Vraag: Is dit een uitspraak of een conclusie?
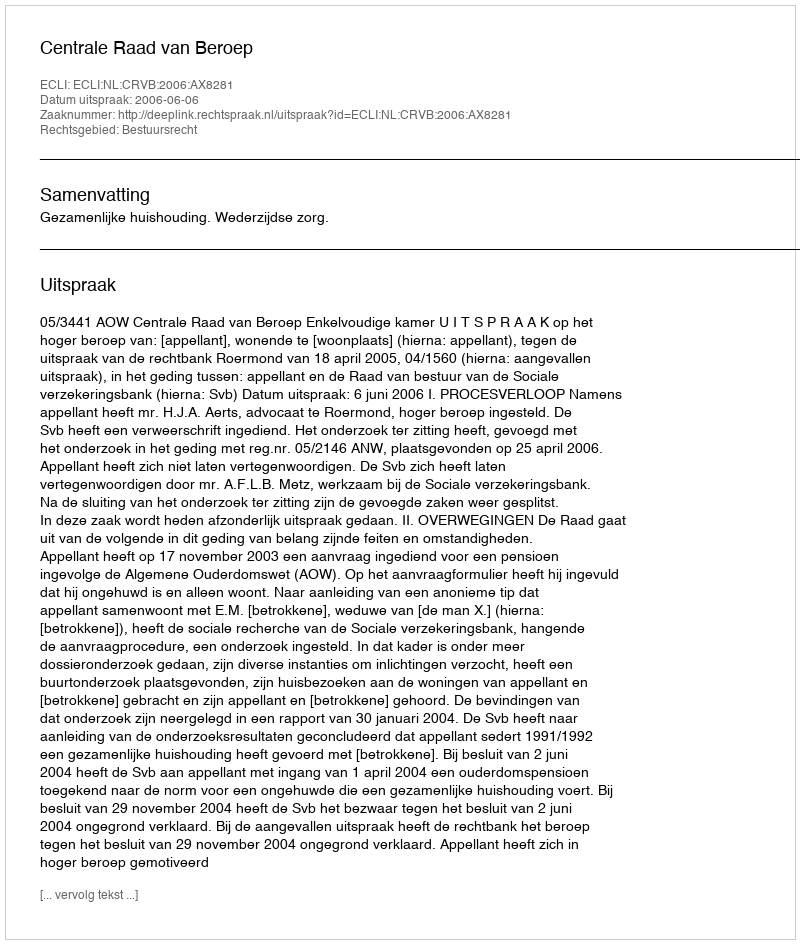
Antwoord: Uitspraak